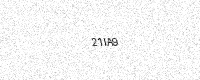
Text: 21IA9